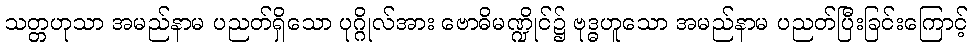
သတ္တဟုသာ အမည်နာမ ပညတ်ရှိသော ပုဂ္ဂိုလ်အား ဗောဓိမဏ္ဍိုင်၌ ဗုဒ္ဓဟူသော အမည်နာမ ပညတ်ပြီးခြင်းကြောင့်